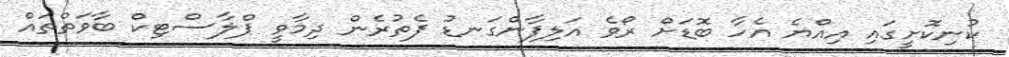
ކުނިކޮށީގައި އިއްޔެ އެހާ ބޮޑަށް ރޯވެ އަލިފާންގަނޑު ފެތުރެން ދިމާވީ ޕްލާސްޓިކް ބާވަތްތައް